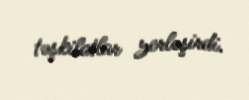
təşkilatlar yerləşirdi.